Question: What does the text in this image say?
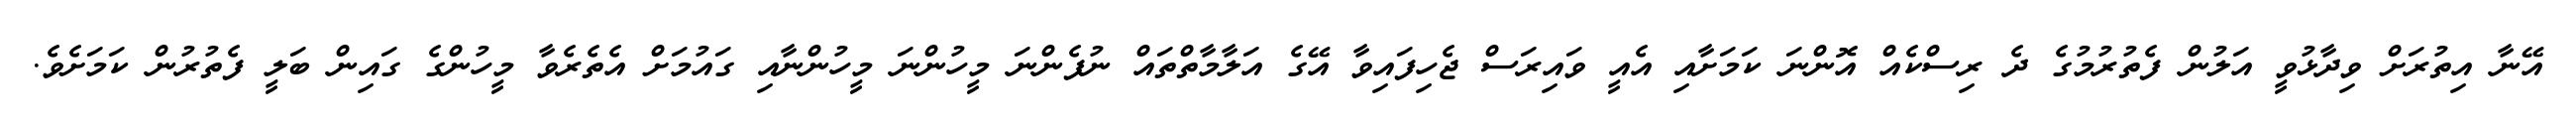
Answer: އޭނާ އިތުރަށް ވިދާޅުވީ އަލުން ފެތުރުމުގެ ދެ ރިސްކެއް އޮންނަ ކަމަށާއި އެއީ ވައިރަސް ޖެހިފައިވާ އޭގެ އަލާމާތްތައް ނުފެންނަ މީހުންނަ މީހުންނާއި ގައުމަށް އެތެރެވާ މީހުންގެ ގައިން ބަލީ ފެތުރުން ކަމަށެވެ.